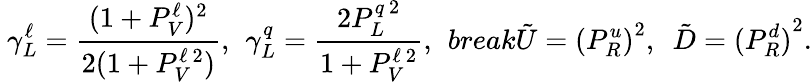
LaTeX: \ \gamma_{L}^{\ell}=\frac{(1+P_{V}^{\ell})^{2}}{2(1+P_{V}^{\ell\ 2})},\, \ \gamma_{L}^{q}=\frac{2P_{L}^{q\ 2}}{1+P_{V}^{\ell\ 2}},\ \, break\tilde{U}={(P_{R}^{u})}^{2},\ \ \tilde{D}={(P_{R}^{d})}^{2}.